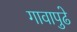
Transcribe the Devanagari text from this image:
गावापुढे